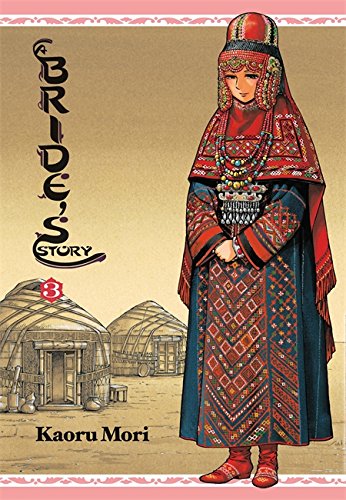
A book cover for A Bride's Story, Vol. 3; Comics & Graphic Novels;